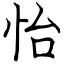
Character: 怡